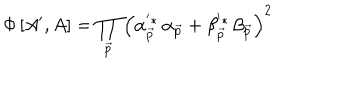
\Phi \left[ A ^ { \prime } , A \right] = \prod _ { \vec { p } } \left( \alpha _ { \vec { p } } ^ { ^ { \prime } * } \, \alpha _ { \vec { p } } + \beta _ { \vec { p } } ^ { ^ { \prime } * } \, \beta _ { \vec { p } } \right) ^ { 2 }